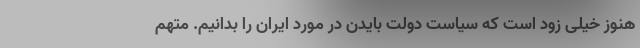
هنوز خیلی زود است که سیاست دولت بایدن در مورد ایران را بدانیم. متهم